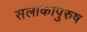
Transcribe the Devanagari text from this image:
सलाकापुरुष